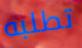
تطلبه